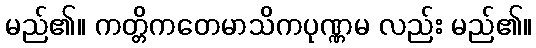
မည်၏။ ကတ္တိကတေမာသိကပုဏ္ဏမ လည်း မည်၏။